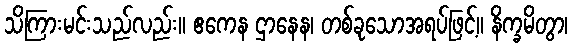
သိကြားမင်းသည်လည်း။ ဧကေန ဌာနေန၊ တစ်ခုသောအရပ်ဖြင့်။ နိက္ခမိတွာ၊